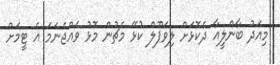
މިއަދު ބާންލީއާ ދެކޮޅަށް ލިވަޕޫލް ކުޅޭ މެޗުން މޮޅު ވެއްޖެނަމަ އެ ޓީމަށް